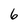
Character: 6